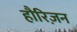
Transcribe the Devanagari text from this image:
हौरिज़न